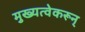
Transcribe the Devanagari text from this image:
मुख्यत्वेकरून्